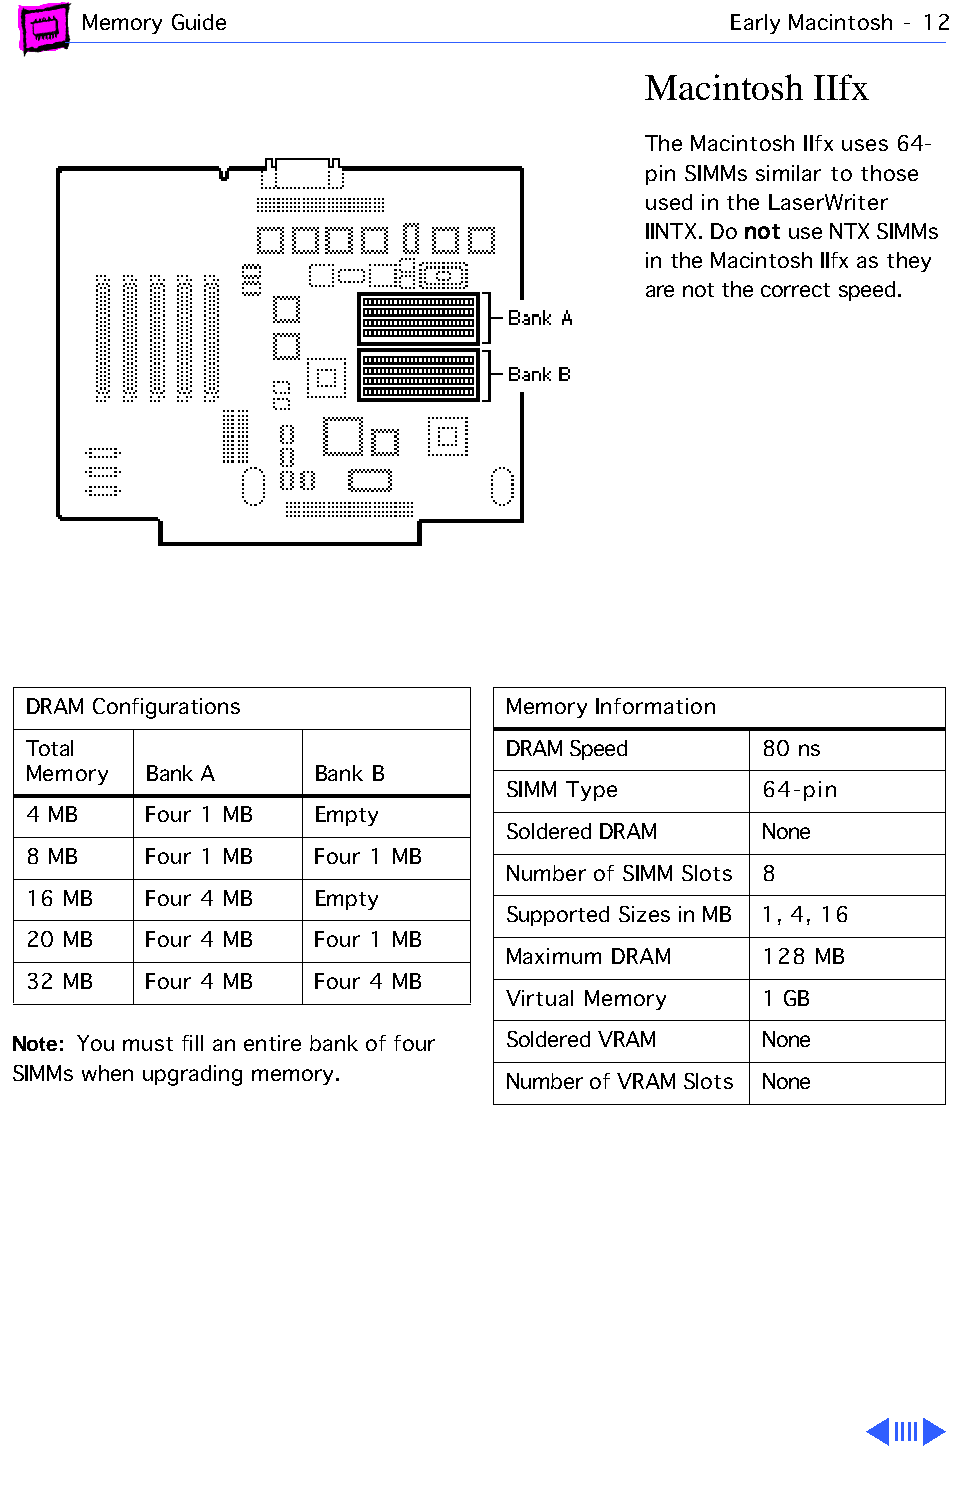
Memory Guide                               Early Macintosh - 12
 Macintosh  IIfx
 The Macintosh IIfx uses 64-
 pin SIMMs similar to those
 used in the LaserWriter
 not
 IINTX. Do use NTX SIMMs
 in the Macintosh IIfx as they
 are not the correct speed.
 DRAM Configurations             Memory Information
 Total                           DRAM Speed       80 ns
 Memory  Bank A     Bank B
 SIMM Type        64-pin
 4 MB    Four 1 MB  Empty
 Soldered DRAM    None
 8 MB    Four 1 MB  Four 1 MB
 Number of SIMM Slots 8
 16 MB   Four 4 MB  Empty
 Supported Sizes in MB 1, 4, 16
 20 MB   Four 4 MB  Four 1 MB
 Maximum DRAM     128 MB
 32 MB   Four 4 MB  Four 4 MB
 Virtual Memory   1 GB
 Note: You must fill an entire bank of four Soldered VRAM None
 SIMMs when upgrading memory.
 Number of VRAM Slots None